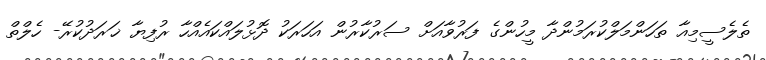
ތެލެސީމިއާ ތަހަންމަލްކުރަމުންދާ މީހުންގެ ފަރުވާއަށް ސަރުކާރުން އަހަރަކު ދޮޅުލައްކައެއްހާ ރުފިޔާ ޚަރަދުކުރޭ- ހެލްތް